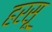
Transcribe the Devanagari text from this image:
हरसू